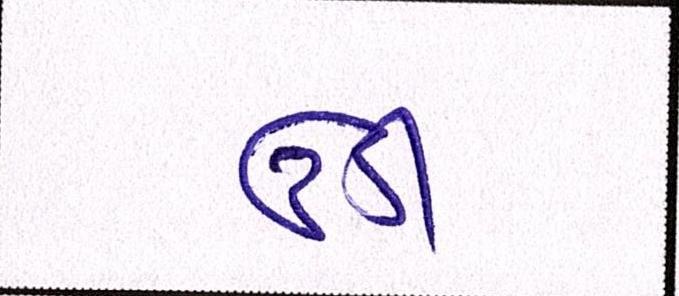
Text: ઉડી